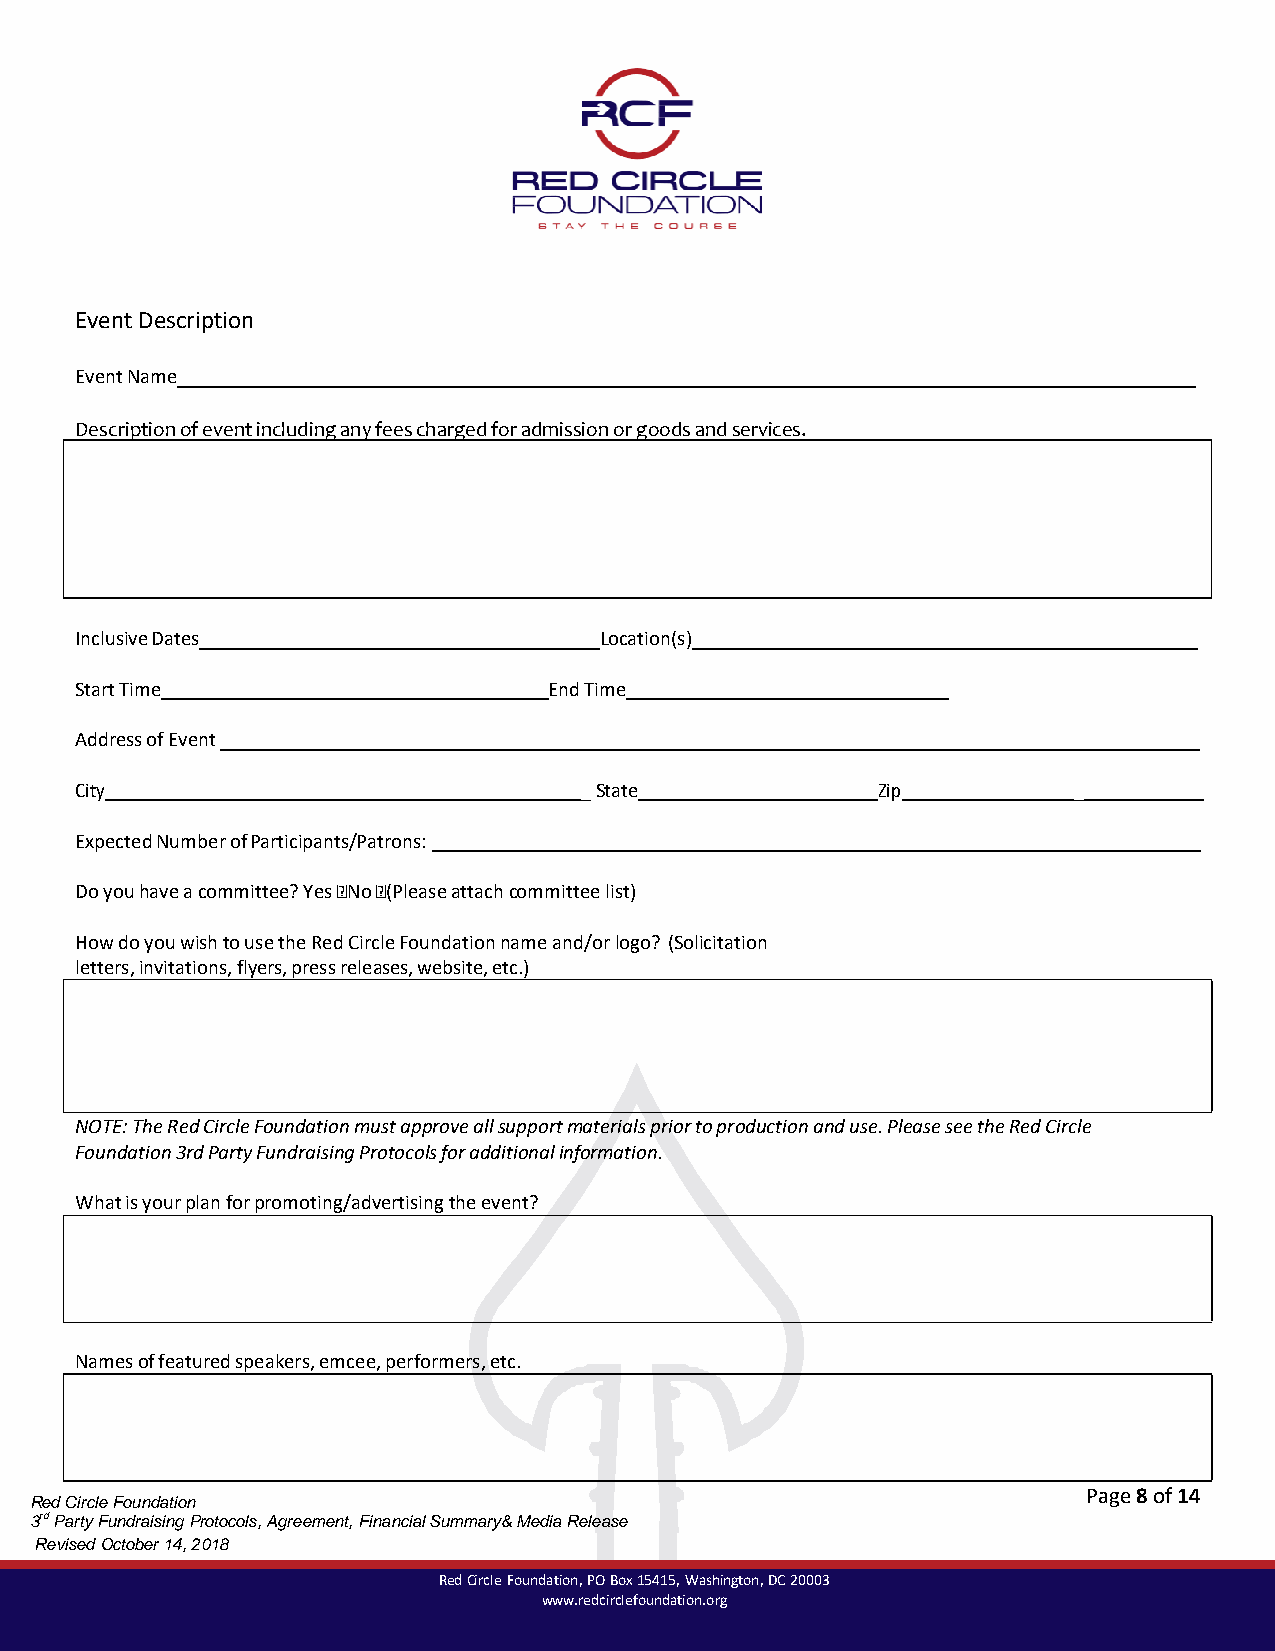
Event Description
 Event Name
 Description of event including any fees charged for admission or goods and services.
 Inclusive Dates                    Location(s)
 Start Time                     End Time
 Address of Event
 City                             _ State             Zip          _
 Expected Number of Participants/Patrons:
 Do you have a committee? Yes No (Please attach committee list)
 How do you wish to use the Red Circle Foundation name and/or logo? (Solicitation
 letters, invitations, flyers, press releases, website, etc.)
 NOTE: The Red Circle Foundation must approve all support materials prior to production and use. Please see the Red Circle
 Foundation 3rd Party Fundraising Protocols for additional information.
 What is your plan for promoting/advertising the event?
 Names of featured speakers, emcee, performers, etc.
 Page 8 of 14
 Red Circle Foundation
 3rd Party Fundraising Protocols, Agreement, Financial Summary& Media Release
 Revised October 14, 2018
 Red Circle Foundation, PO Box 15415, Washington, DC 20003
 www.redcirclefoundation.org